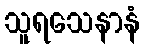
သူရသေနာနံ